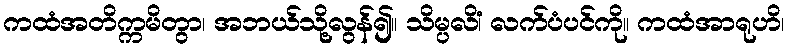
ကထံအတိက္ကမိတွာ၊ အဘယ်သို့လွန်၍။ သိမ္ပလိံ၊ လက်ပံပင်ကို။ ကထံအာရုဟိ၊